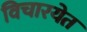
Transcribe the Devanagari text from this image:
विचारयेत